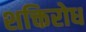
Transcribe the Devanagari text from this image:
शक्तिरोध